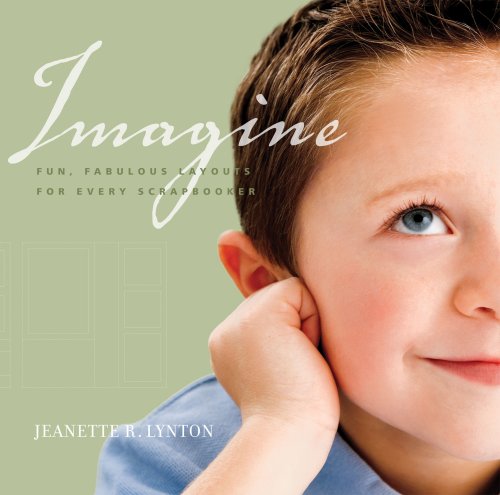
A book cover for Imagine: Fun, Fabulous Layouts for Every Scrapbooker; Jeanette Lynton; Crafts, Hobbies & Home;